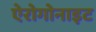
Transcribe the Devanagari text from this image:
ऐरोगोनाइट